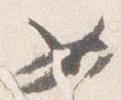
如